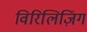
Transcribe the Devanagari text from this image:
विरिलिज़िंग